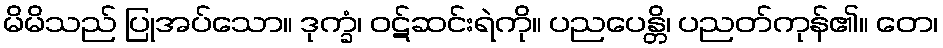
မိမိသည် ပြုအပ်သော။ ဒုက္ခံ၊ ဝဋ်ဆင်းရဲကို။ ပညပေန္တိ၊ ပညတ်ကုန်၏။ တေ၊